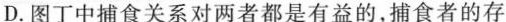
D.图丁中捕食关系对两者都是有益的，捕食者的存